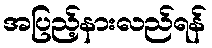
အပြည့်နားလည်ရန်